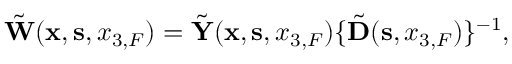
\begin{array} { r } { \tilde { \bf W } ( { { \bf x } } , { { \bf s } } , { x _ { 3 , F } } ) = \tilde { \bf Y } ( { { \bf x } } , { { \bf s } } , { x _ { 3 , F } } ) \{ \tilde { \bf D } ( { \bf s } , x _ { 3 , F } ) \} ^ { - 1 } , } \end{array}